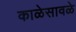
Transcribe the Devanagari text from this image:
काळेसावळे